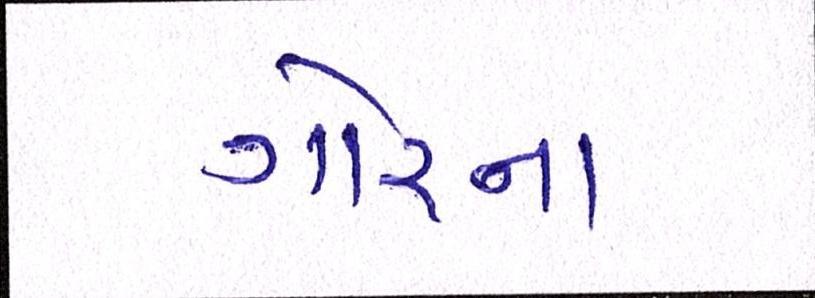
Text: ગોરના